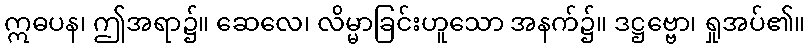
ဣဓပန၊ ဤအရာ၌။ ဆေလေ၊ လိမ္မာခြင်းဟူသော အနက်၌။ ဒဋ္ဌဗ္ဗော၊ ရှုအပ်၏။